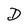
Character: D